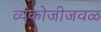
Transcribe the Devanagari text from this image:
व्यंकोजीजवळ